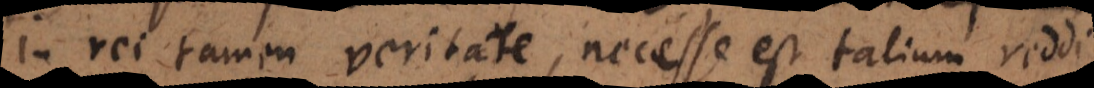
in rei tamen veritate, necesse est talium reddi